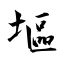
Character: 塸